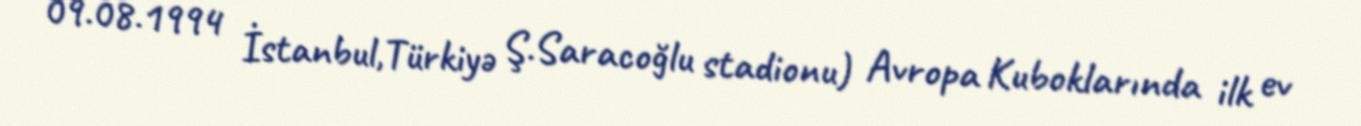
09.08.1994 İstanbul,Türkiyə Ş.Saracoğlu stadionu) Avropa Kuboklarında ilk ev